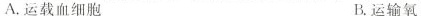
A.运载血细胞 B.运输氧